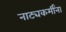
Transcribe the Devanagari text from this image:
नाट्यकर्मींना